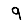
Digit: 9